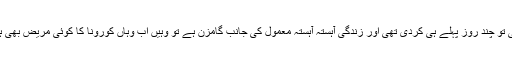
ووہان میں لاک ڈاون میں نرمی تو چند روز پہلے ہی کردی تھی اور زندگی آہستہ آہستہ معمول کی جانب گامزن ہے تو وہیں اب وہاں کورونا کا کوئی مریض بھی ہسپتال میں زیر علاج نہیں ہے۔